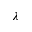
\lambda